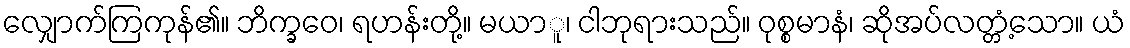
လျှောက်ကြကုန်၏။ ဘိက္ခဝေ၊ ရဟန်းတို့။ မယာူ၊ ငါဘုရားသည်။ ဝုစ္စမာနံ၊ ဆိုအပ်လတ္တံ့သော။ ယံ